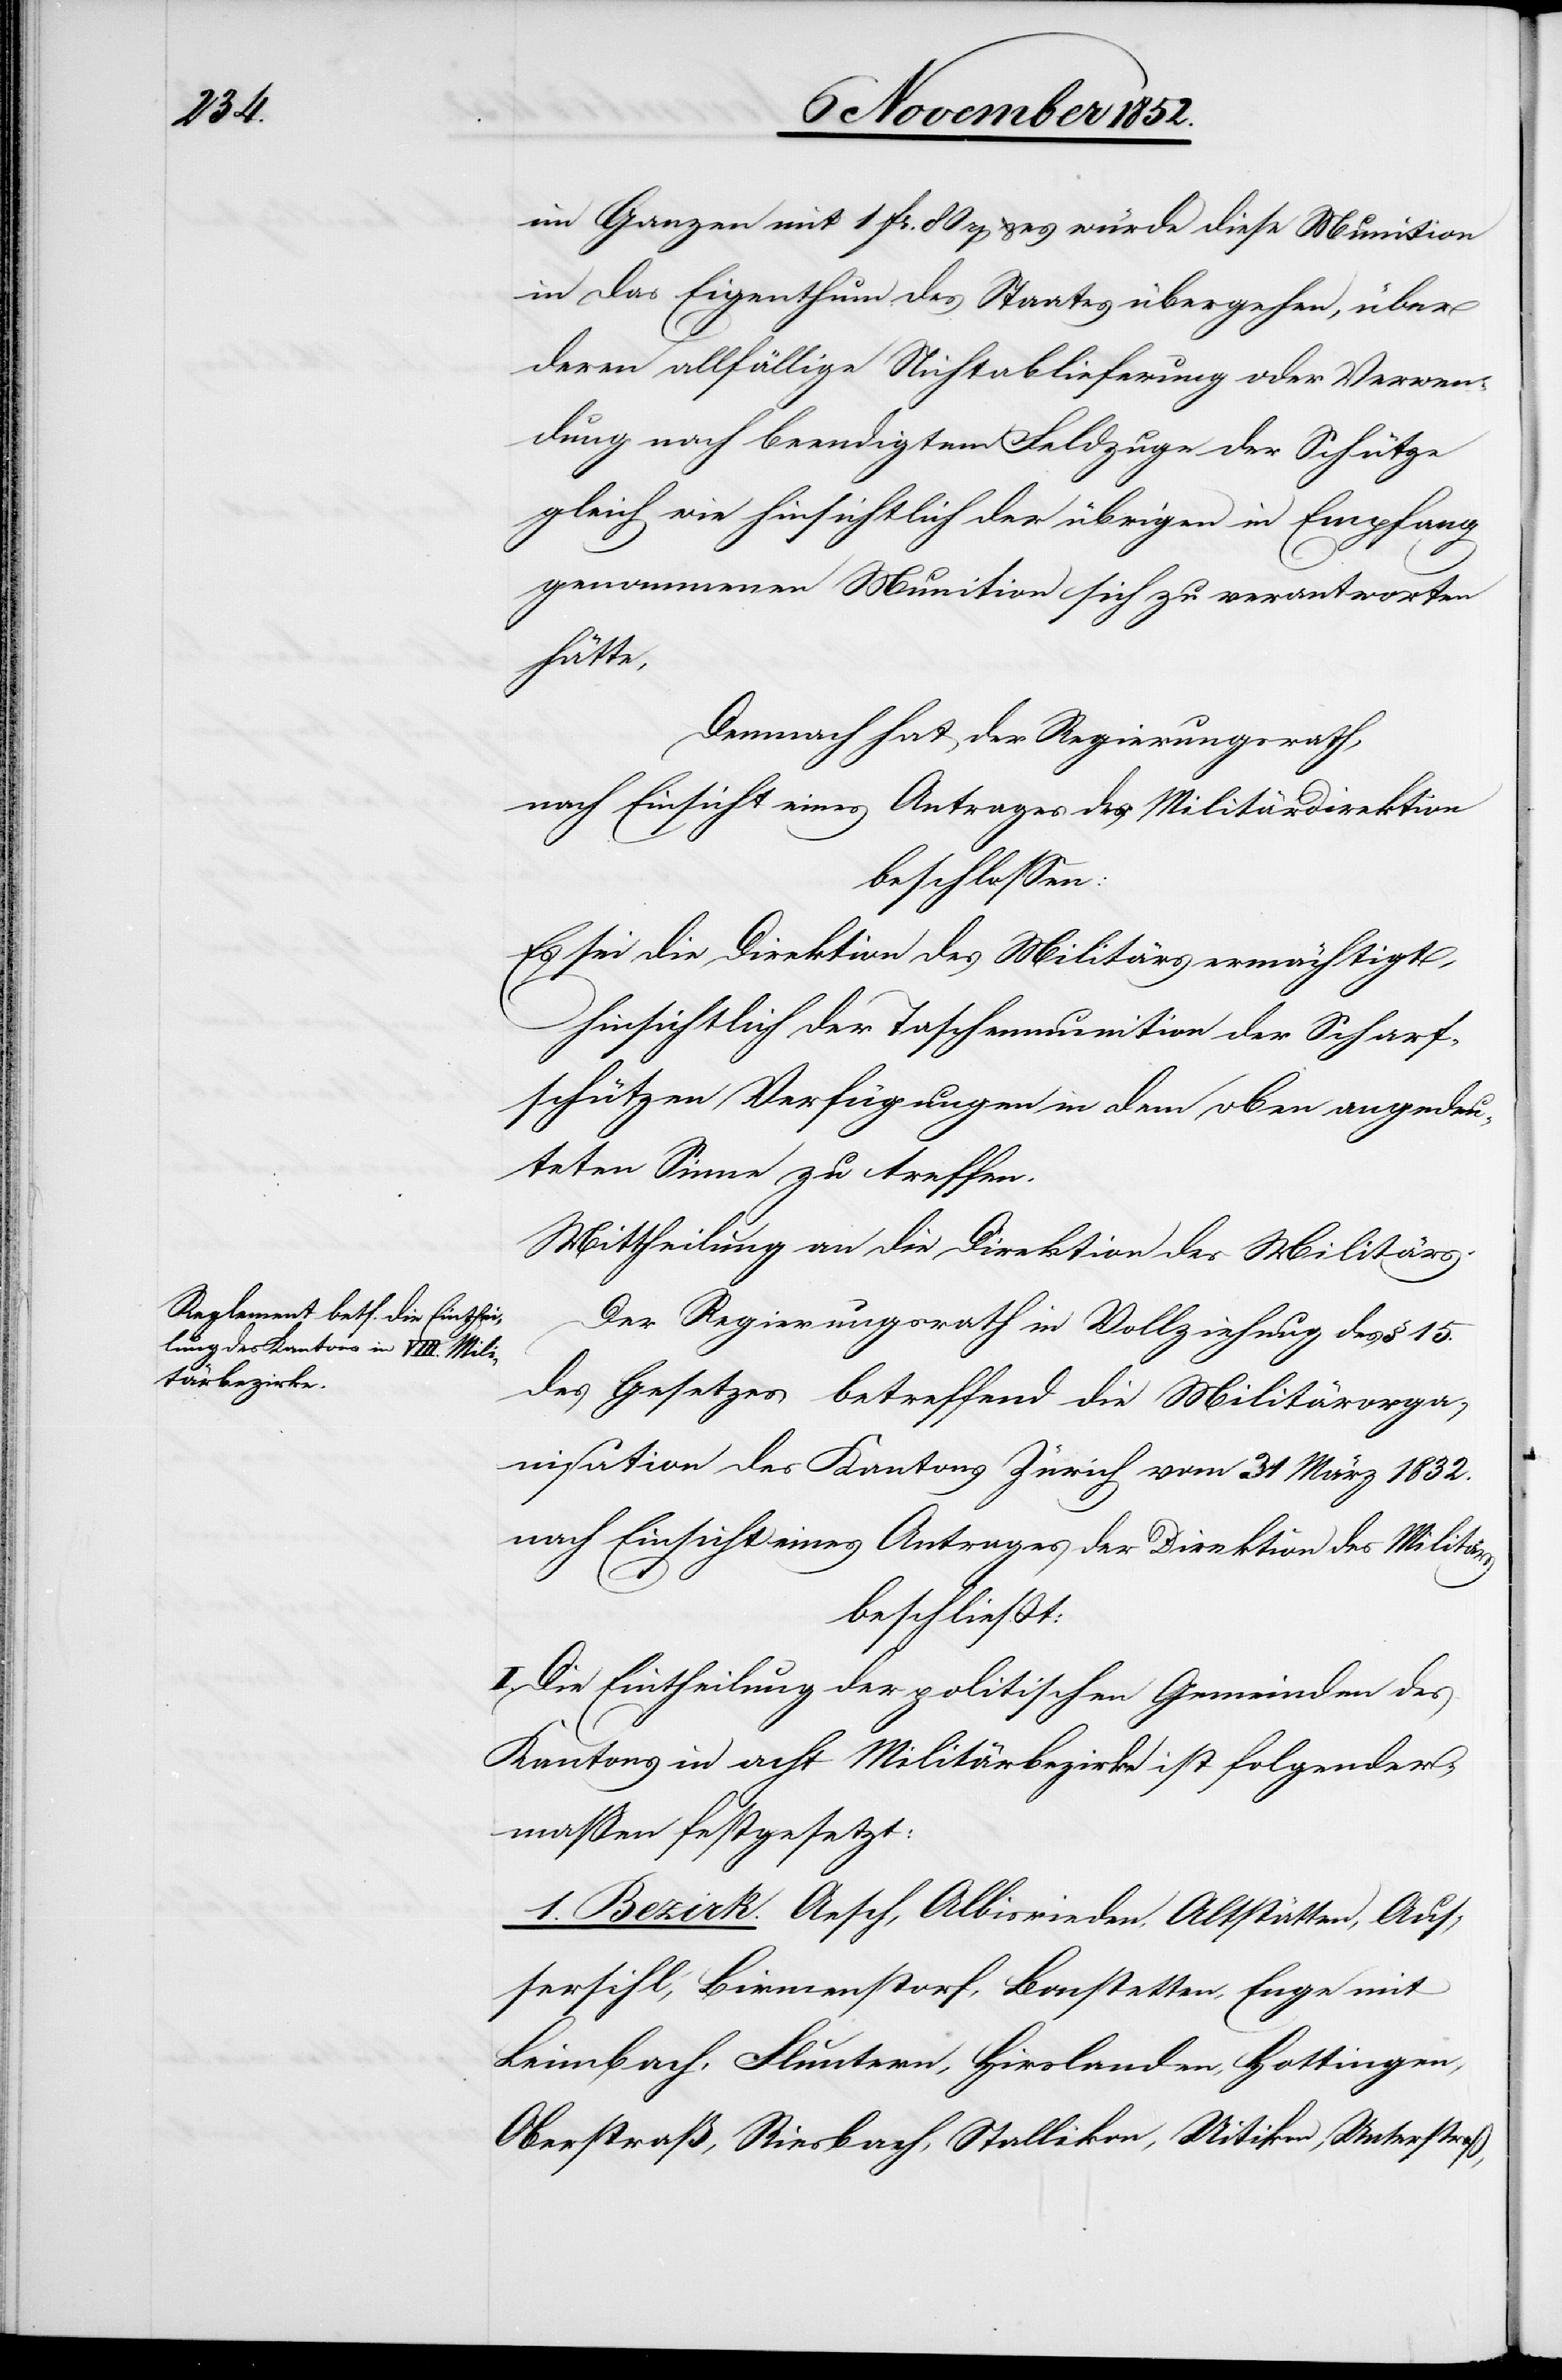
im Ganzen mit 1 Fr. 80 rp & es würde diese Munition
in das Eigenthum des Staates übergehen, über
deren allfällige Nichtablieferung oder Verwen¬
dung nach beendigtem Feldzuge der Schütze
gleich wie hinsichtlich der übrigen in Empfang
genommenen Munition sich zu verantworten
hätte,
Demnach hat der Regierungsrath,
nach Einsicht eines Antrages der Militärdirektion
beschlossen:
Es sei die Direktion des Militärs ermächtigt,
hinsichtlich der Taschenmunition der Scharf¬
schützen Verfügungen in dem oben angedeu¬
teten Sinne zu treffen.
Mittheilung an die Direktion des Militärs.
Der Regierungsrath in Vollziehung des § 15.
des Gesetzes betreffend die Militärorga¬
nisation des Kantons Zürich vom 31 März 1832.
nach Einsicht eines Antrages der Direktion des Militärs
beschließt:
I. Die Eintheilung der politischen Gemeinden des
Kantons in acht Militärbezirke ist folgender¬
maßen festgesetzt:
1. Bezirk. Aesch, Albisrieden, Altstätten, Aus¬
sersihl, Birmenstorf, Bonstetten, Enge mit
Leimbach, Fluntern, Hirslanden, Hottingen,
Oberstraß, Riesbach, Stallikon, Uitikon, Unterstraß,